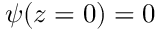
\psi ( z = 0 ) = 0